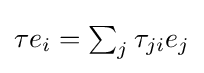
{\textstyle \tau e_{i}=\sum _{j}\tau _{ji}e_{j}}